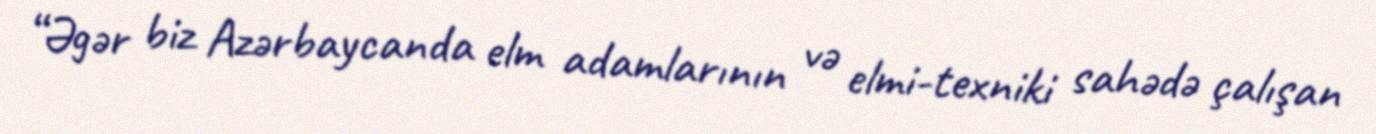
“Əgər biz Azərbaycanda elm adamlarının və elmi-texniki sahədə çalışan